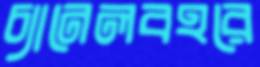
চ্যানেলবহরে